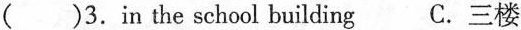
( )3.in the school building C.三楼